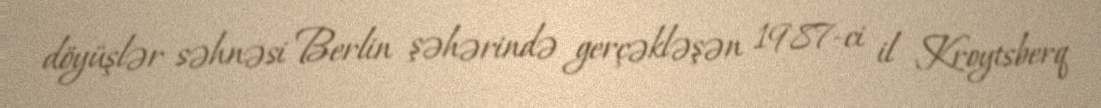
döyüşlər səhnəsi Berlin şəhərində gerçəkləşən 1987-ci il Kroytsberq